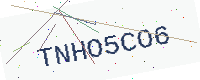
Text: TNHO5CO6